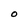
Character: O